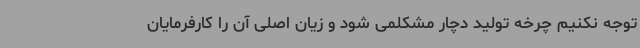
توجه نکنیم چرخه تولید دچار مشکلمی شود و زیان اصلی آن را کارفرمایان